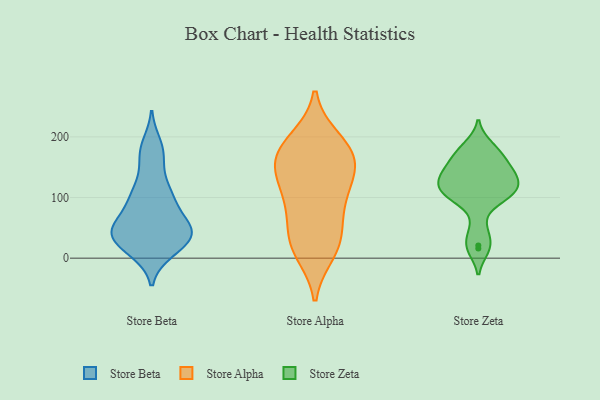
{"axis": {"x": "Budget (USD K)", "y": "Value"}, "legend": ["Store Alpha", "Store Beta", "Store Zeta"], "data": [{"x": "", "y": 42, "type": "Store Beta"}, {"x": "", "y": 41, "type": "Store Beta"}, {"x": "", "y": 12, "type": "Store Beta"}, {"x": "", "y": 98, "type": "Store Beta"}, {"x": "", "y": 19, "type": "Store Beta"}, {"x": "", "y": 61, "type": "Store Beta"}, {"x": "", "y": 11, "type": "Store Beta"}, {"x": "", "y": 39, "type": "Store Beta"}, {"x": "", "y": 187, "type": "Store Beta"}, {"x": "", "y": 106, "type": "Store Beta"}, {"x": "", "y": 88, "type": "Store Beta"}, {"x": "", "y": 166, "type": "Store Beta"}, {"x": "", "y": 54, "type": "Store Beta"}, {"x": "", "y": 54, "type": "Store Beta"}, {"x": "", "y": 103, "type": "Store Beta"}, {"x": "", "y": 126, "type": "Store Beta"}, {"x": "", "y": 31, "type": "Store Beta"}, {"x": "", "y": 175, "type": "Store Beta"}, {"x": "", "y": 43, "type": "Store Beta"}, {"x": "", "y": 41, "type": "Store Beta"}, {"x": "", "y": 183, "type": "Store Alpha"}, {"x": "", "y": 150, "type": "Store Alpha"}, {"x": "", "y": 195, "type": "Store Alpha"}, {"x": "", "y": 37, "type": "Store Alpha"}, {"x": "", "y": 25, "type": "Store Alpha"}, {"x": "", "y": 158, "type": "Store Alpha"}, {"x": "", "y": 186, "type": "Store Alpha"}, {"x": "", "y": 146, "type": "Store Alpha"}, {"x": "", "y": 126, "type": "Store Alpha"}, {"x": "", "y": 21, "type": "Store Alpha"}, {"x": "", "y": 89, "type": "Store Alpha"}, {"x": "", "y": 102, "type": "Store Alpha"}, {"x": "", "y": 163, "type": "Store Alpha"}, {"x": "", "y": 79, "type": "Store Alpha"}, {"x": "", "y": 10, "type": "Store Alpha"}, {"x": "", "y": 185, "type": "Store Zeta"}, {"x": "", "y": 99, "type": "Store Zeta"}, {"x": "", "y": 132, "type": "Store Zeta"}, {"x": "", "y": 140, "type": "Store Zeta"}, {"x": "", "y": 155, "type": "Store Zeta"}, {"x": "", "y": 16, "type": "Store Zeta"}, {"x": "", "y": 21, "type": "Store Zeta"}, {"x": "", "y": 122, "type": "Store Zeta"}, {"x": "", "y": 102, "type": "Store Zeta"}, {"x": "", "y": 132, "type": "Store Zeta"}, {"x": "", "y": 48, "type": "Store Zeta"}, {"x": "", "y": 175, "type": "Store Zeta"}, {"x": "", "y": 105, "type": "Store Zeta"}, {"x": "", "y": 106, "type": "Store Zeta"}, {"x": "", "y": 147, "type": "Store Zeta"}, {"x": "", "y": 171, "type": "Store Zeta"}, {"x": "", "y": 118, "type": "Store Zeta"}]}